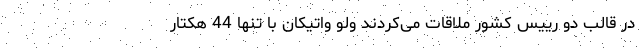
در قالب دو رییس کشور ملاقات می‌کردند ولو واتیکان با تنها 44 هکتار